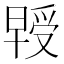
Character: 𭧃